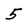
Character: 5